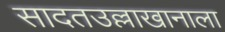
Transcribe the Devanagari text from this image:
सादतउल्लाखानाला